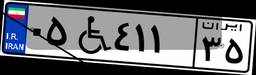
۰۵W۴۱۱۳۵